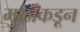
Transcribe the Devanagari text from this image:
मुळांकडून